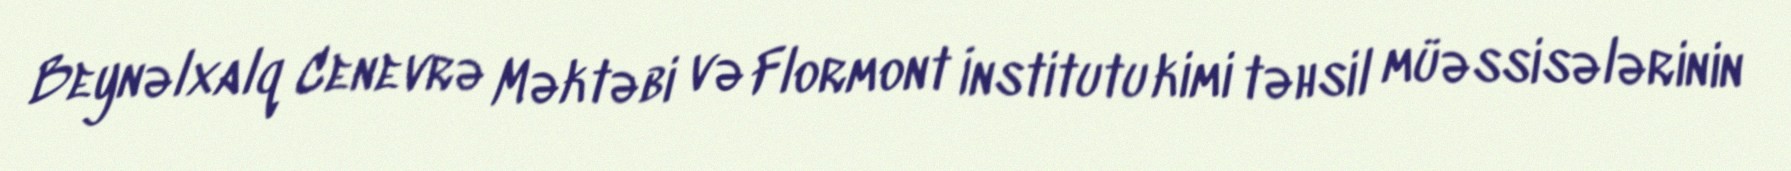
Beynəlxalq Cenevrə Məktəbi və Flormont İnstitutu kimi təhsil müəssisələrinin